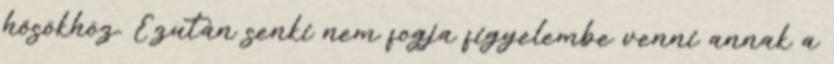
hősökhöz. Ezután senki nem fogja figyelembe venni annak a